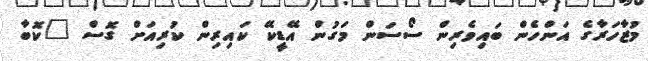
މުޒާހަރާގެ އަންހެން ބައިވެރިން ސޯސަން މަގުން އޭޑީކޭ ކައިރިން ކުރިއަށް ގޮސް "ކޮބާ